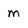
Character: M